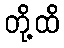
တို့ထိ